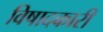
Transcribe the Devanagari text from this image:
विषादकारी